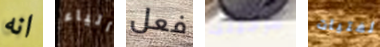
انه الياء فعل فرجينيا لفتيات